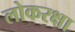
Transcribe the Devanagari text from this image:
लोकरक्षा